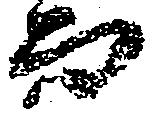
而